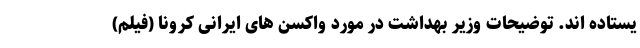
یستاده اند. توضیحات وزیر بهداشت در مورد واکسن های ایرانی کرونا (فیلم)